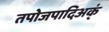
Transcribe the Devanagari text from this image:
तपोजपादिअक्ं